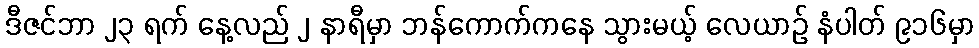
ဒီဇင်ဘာ ၂၃ ရက် နေ့လည် ၂ နာရီမှာ ဘန်ကောက်ကနေ သွားမယ့် လေယာဉ် နံပါတ် ၉၁၆မှာ